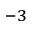
^ { - 3 }